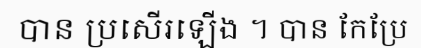
បាន ប្រសើរឡើង ។ បាន កែប្រែ